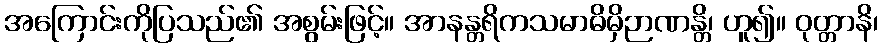
အကြောင်းကိုပြသည်၏ အစွမ်းဖြင့်။ အာနန္တရိကသမာဓိမှိဉာဏန္တိ၊ ဟူ၍။ ဝုတ္တာနိ၊